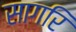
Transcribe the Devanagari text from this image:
सागरि